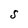
Character: S